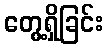
တွေ့ရှိခြင်း